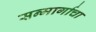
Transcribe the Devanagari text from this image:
सन्मार्गाचा